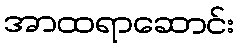
အာထရာဆောင်း